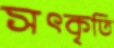
সৎকৃতি